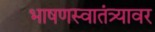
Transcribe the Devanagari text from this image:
भाषणस्वातंत्र्यावर